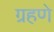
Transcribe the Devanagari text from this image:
ग्रहणे